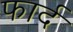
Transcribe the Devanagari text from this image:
फार्द